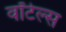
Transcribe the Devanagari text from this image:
वॉटेल्स